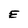
Character: E